Heimtali_vallavalitsus, lk 69
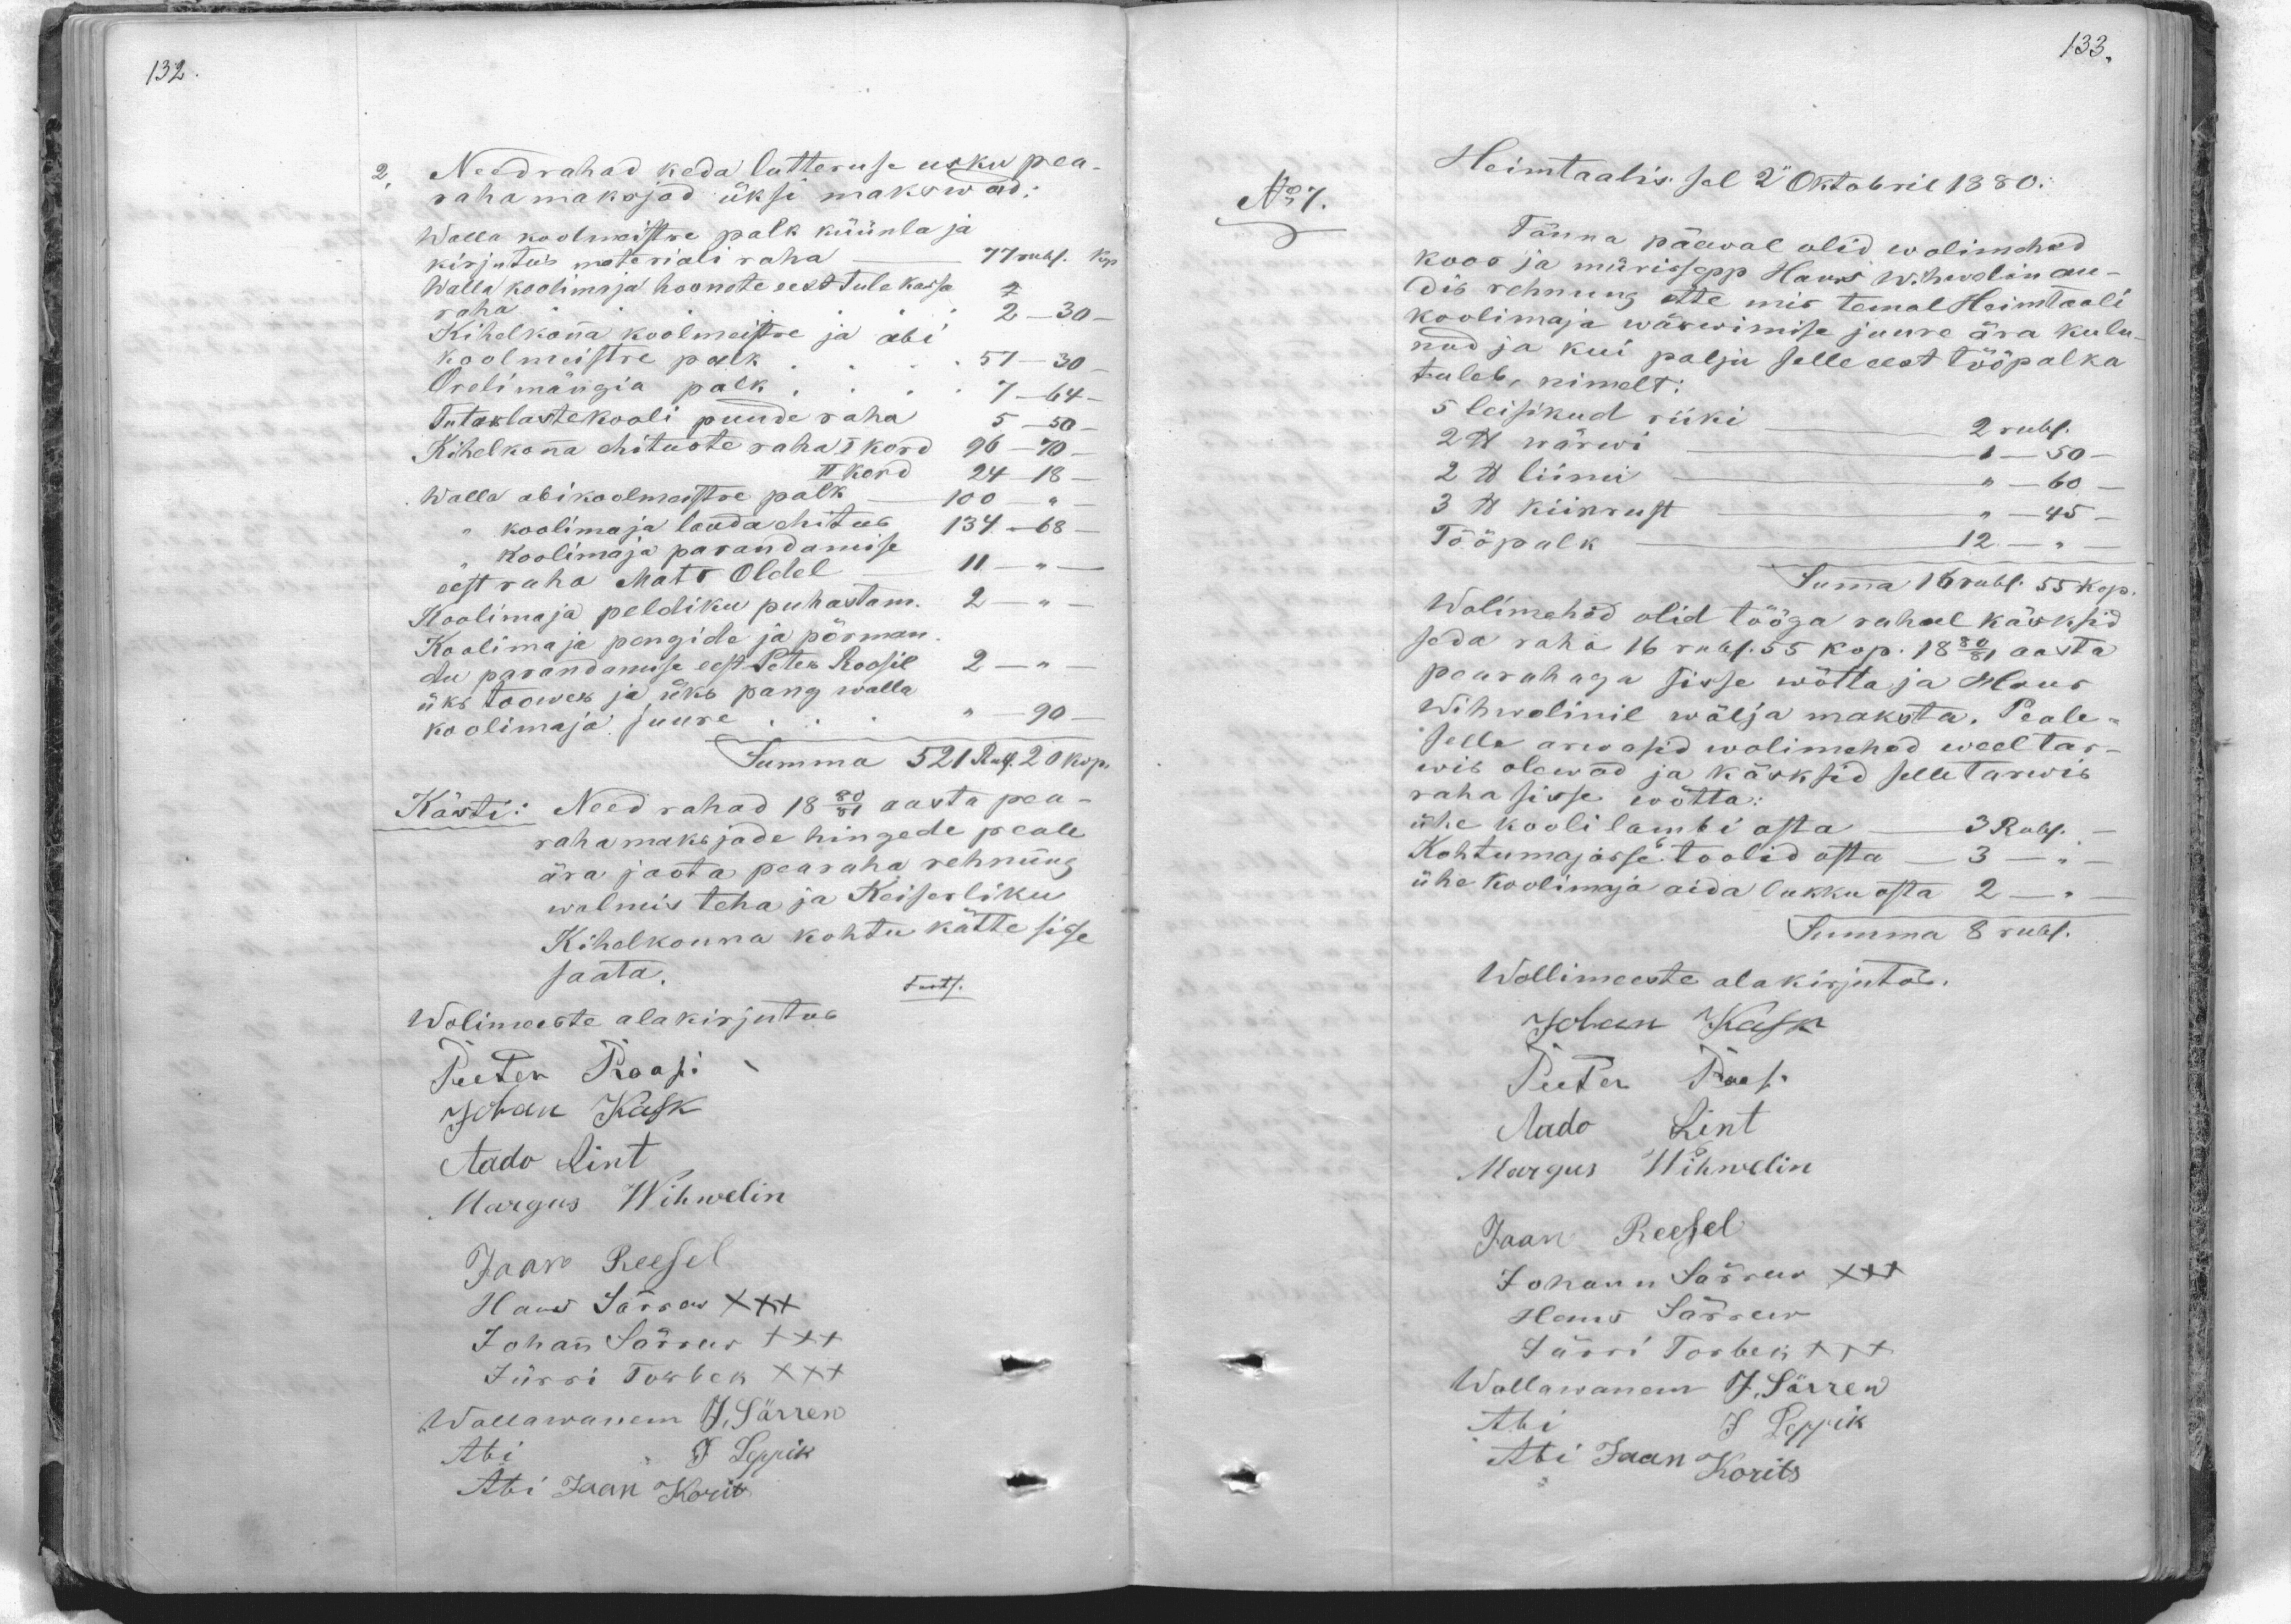
2. Need rahad keda luteruse usku pea-
rahamaksjad üksi makswad;
Walla koolmeistre palk küünla ja
kirjutus materiali raha 77 rubl. Kop
Walla koolimaja hoonete eest tule kassa 7
raha 2-30
Kihelkona koolmeistre ja abi
koolmeistre palk 57-30
Orelimängia palk, " 7 -64
Tütarlastekooli puude raha 5-50
Kihelkona ehituste raha I kord 96-70-
II kord 24 18
Walla abi koolmeistre palk - " " 100 "
Koolimaja parandamise
koolimaja lauda ehitus 134 -  68
eest raha Mats Oldel 11 - " -
Koolimaja peldiku puhastam. 2 -
Koolimaja pangide ja põrman-
du parandamise eest Peter Roosil 2
üks toowes ja üks pang walla
koolimaja juure 90
Summa 521 Rub. 20 kop.
Kästi: Need rahad 1880/81 aasta pea-
rahamaksjade hingede peale
ära jaota pearaha rehnung
walmis teha ja Keiserliku
Kihelkonna kohtu kätte sisse
saata.
Trants.
Wolimeeste alakirjutus
Peeter Roosi
Johan Kask
Aado Rint
Margus Wihwelin
Jaan Reesel
Hans Särraw XXX
Johan Särrew XXX
Jürri Turbek XXX
Wallawanem J. Särrew
Abi J. Leppik
Abi Jaan Korit

Heimtaalis sel 2 Oktobril 1880.
No:1
Tänna päewal olid wolimehed
koos ja mürissepp Hans Wihwelin an-
dib rehnung ette mis temal Heimtaali
koolimaja wärwimise juure ära kulu-
nud ja kui palju selle eest tööpalka
tuleb, nimelt:
5 leisikud riiki 2 rubl.
2 lb wärwi. 1 - 50
2 lb liimi 60
3 lb kiinnust - 45
Tööpalk 12.
Summa 16 rubl. 55 kop.
Wolimehed olid tööga rahul käsksid
seda raha 16 rubl. 55 kop. 1880/81 aasta
pearahaga sisse wõtta ja Hans
Wihwelinil wälja maksta. Peale-
selle arwasid wolimehed weel tar-
wis olewad ja kärksid selletarwis.
raha sisse wõtta.
ühe kooli lambi osta. 3 Rubl
Kohtumajasse toolid osta 3 - "
ühe koolimaja aida lukku osta 2 -
Summa 8 rubl.
Wollimeeste alakirjutas.
Johan Kask
Peeter Rosi
Aado Lint
Margus Wihmelin
Jaan Reesel
Johann Särrew XXX
Hans Särrew
Jürri Torbek +++
Wallawanem J. Särrew
Abi J. Leppik
Abi Jaani Korits